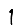
Digit: 1